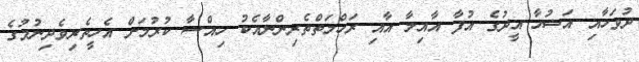
ދުވަހާއި އަޟުހާ އީދުގެ އުފާ އާއިލާ އާއި ރަހްމަތްތެރިންނާއެކު ހިއްސާ ކުރުމަށް އެހީތެރިވެދިނުމުގެ